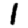
Digit: 1